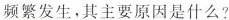
频繁发生，其主要原因是什么?